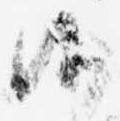
候